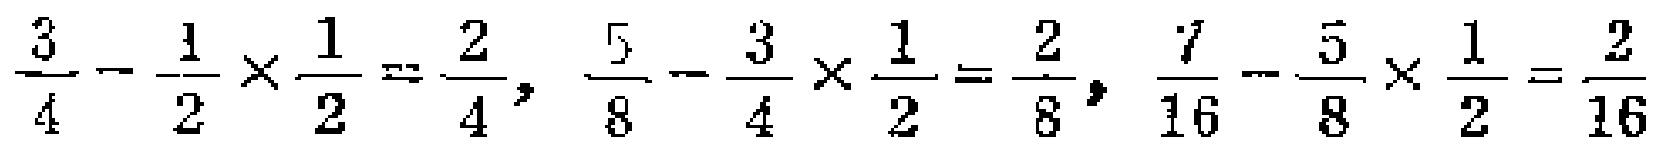
$\frac{3}{4}-\frac{1}{2}\times\frac{1}{2}=\frac{2}{4},\ \frac{5}{8}-\frac{3}{4}\times\frac{1}{2}=\frac{2}{8},\ \frac{7}{16}-\frac{5}{8}\times\frac{1}{2}=\frac{2}{16}$